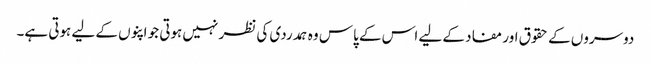
دوسروں کے حقوق اور مفاد کے لیے اس کے پاس وہ ہمدردی کی نظر نہیں ہوتی جو اپنوں کے لیے ہوتی ہے۔